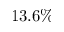
1 3 . 6 \%